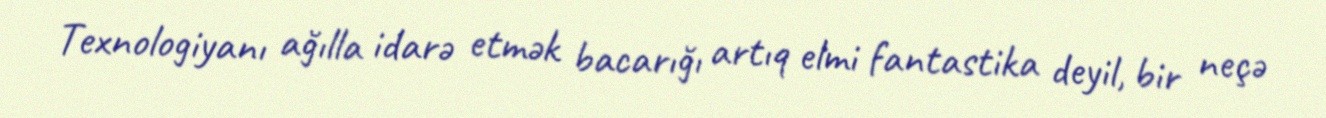
Texnologiyanı ağılla idarə etmək bacarığı artıq elmi fantastika deyil, bir neçə